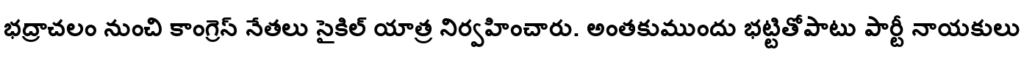
భద్రాచలం నుంచి కాంగ్రెస్ నేతలు సైకిల్ యాత్ర నిర్వహించారు. అంతకుముందు భట్టితోపాటు పార్టీ నాయకులు